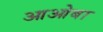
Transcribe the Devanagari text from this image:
आओबा